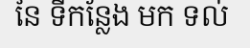
នៃ ទីកន្លែង មក ទល់